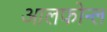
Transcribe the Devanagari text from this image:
आलफोन्ल